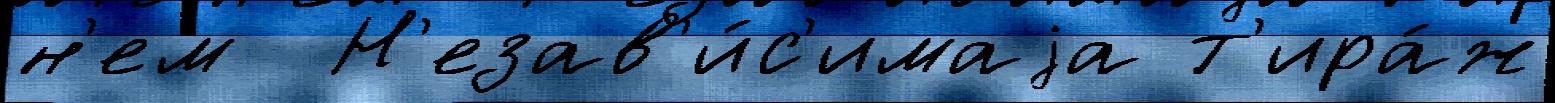
н'ем  Н'езав'и́с'имаjа т'ира́ж